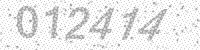
Solution: 012414